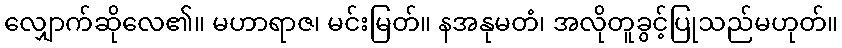
လျှောက်ဆိုလေ၏။ မဟာရာဇ၊ မင်းမြတ်။ နအနုမတံ၊ အလိုတူခွင့်ပြုသည်မဟုတ်။